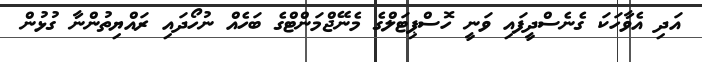
އަދި އެވާހަކަ ގެނެސްދީފައި ވަނީ ހޮސްޕިޓަލްގެ މެނޭޖްމަންޓްގެ ބަހެއް ނުހޯދައި ރައްޔިތުންނާ ގުޅުން